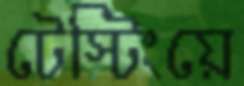
টেস্টিংয়ে